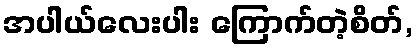
အပါယ်လေးပါး ကြောက်တဲ့စိတ်,